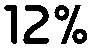
12%